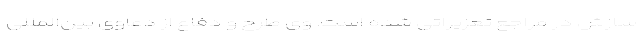
سازش در مراجع تعزیراتی شده است. وی طرح و دفاع از دعاوی بین‌المللی